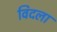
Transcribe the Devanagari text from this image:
विदला